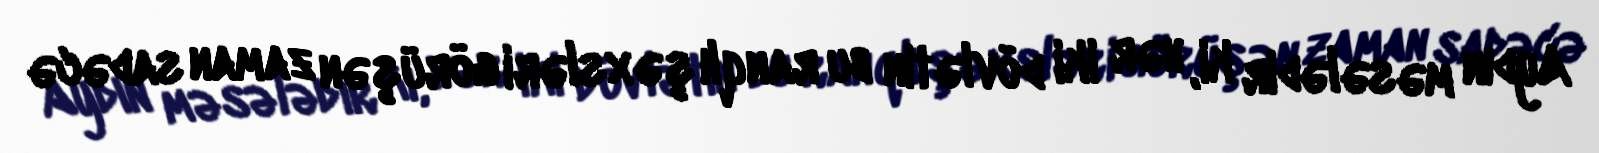
Aydın məsələdir ki, hər iki dövlətin bu ranqlı şəxsləri görüşən zaman sadəcə